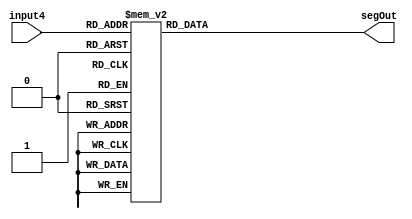
module sevenSegLED(
  input [3:0] input4,
  output [7:0] segOut
);

  function [7:0] assignSegs;
    input [3:0] input4;

    begin
      case (input4)
        0 : assignSegs = 8'b01111110;
        1 : assignSegs = 8'b00110000;
        2 : assignSegs = 8'b01101101;
        3 : assignSegs = 8'b01111001;
        4 : assignSegs = 8'b00110011;
        5 : assignSegs = 8'b01011011;
        6 : assignSegs = 8'b01011111;
        7 : assignSegs = 8'b01110010;
        8 : assignSegs = 8'b01111111;
        9 : assignSegs = 8'b01111011;
        10: assignSegs = 8'b01110111;
        11: assignSegs = 8'b00011111;
        12: assignSegs = 8'b01001110;
        13: assignSegs = 8'b00111101;
        14: assignSegs = 8'b01001111;
        15: assignSegs = 8'b01000111;
        default: assignSegs = 8'b10000000;
      endcase
    end

  endfunction
  
  assign segOut = assignSegs(input4);
endmodule // sevenSegLED